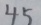
4 5